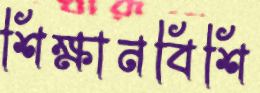
শিক্ষানবিশি